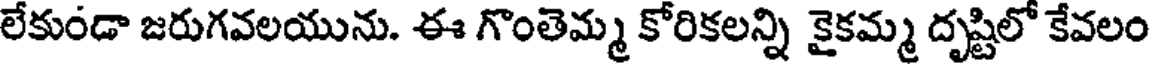
లేకుండా జరుగవలయును. ఈ గొంతెమ్మ కోరికలన్ని కైకమ్మ దృష్టిలో కేవలం